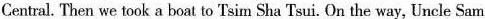
Central. Then we took a boat to Tsim Sha Tsui. On the way, Uncle Sam